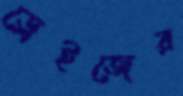
ড্রেইজের